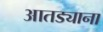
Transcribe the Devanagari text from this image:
आतड्याना